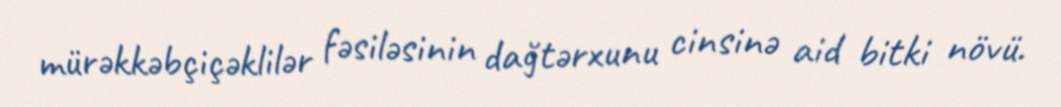
mürəkkəbçiçəklilər fəsiləsinin dağtərxunu cinsinə aid bitki növü.